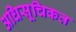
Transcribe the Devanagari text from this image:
अधिसूचिकत